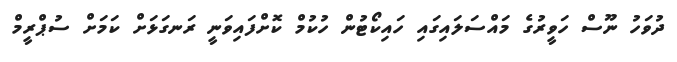
ދުވަހު ނޫސް ހަވީރުގެ މައްސަލައިގައި ހައިކޯޓުން ހުކުމް ކޮށްފައިވަނީ ރަނގަޅަށް ކަމަށް ސުޕްރީމް